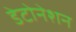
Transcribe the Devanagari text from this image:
डेटोनेशन